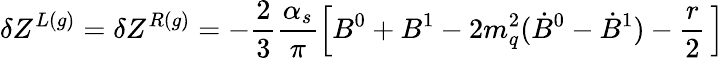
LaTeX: \delta Z^{L(g)}=\delta Z^{R(g)}=-\frac{2}{3}\frac{\alpha_{s}}{\pi}\left[B^{0}+B^{1}-2m_{q}^{2}({\dot{B}}^{0}-{\dot{B}}^{1})-\frac{r}{2}\, \right]